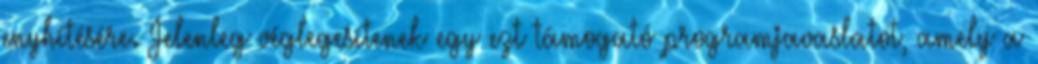
enyhítésére. Jelenleg véglegesítenek egy ezt támogató programjavaslatot, amely a